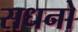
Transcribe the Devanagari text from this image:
सधनो